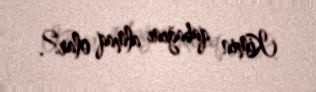
Kimin qabağını almaq olar?.